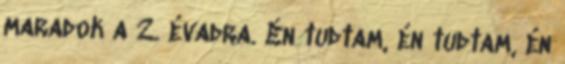
maradok a 2. évadra. Én tudtam, én tudtam, én